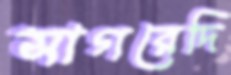
সাগরেদি